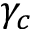
\gamma _ { c }